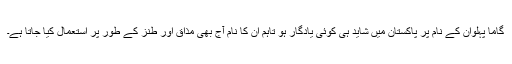
گاما پہلوان کے نام پر پاکستان میں شاید ہی کوئی یادگار ہو تاہم ان کا نام آج بھی مذاق اور طنز کے طور پر استعمال کیا جاتا ہے۔